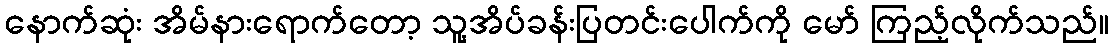
နောက်ဆုံး အိမ်နားရောက်တော့ သူ့အိပ်ခန်းပြတင်းပေါက်ကို မော် ကြည့်လိုက်သည်။